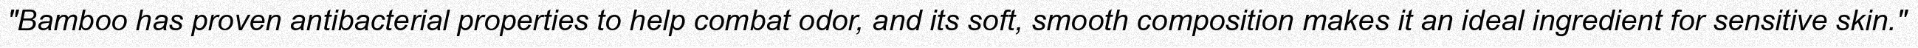
"Bamboo has proven antibacterial properties to help combat odor, and its soft, smooth composition makes it an ideal ingredient for sensitive skin."